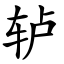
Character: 轳